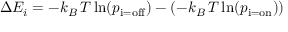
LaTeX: \Delta E _ { i } = - k _ { B } \, T \ln ( p _ { \mathrm { i = o f f } } ) - ( - k _ { B } \, T \ln ( p _ { \mathrm { i = o n } } ) )